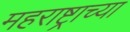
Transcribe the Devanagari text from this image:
महराष्ट्राच्या